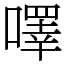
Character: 㘁